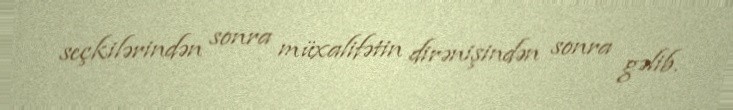
seçkilərindən sonra müxalifətin dirənişindən sonra gəlib.